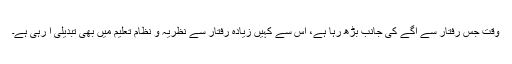
وقت جس رفتار سے آگے کی جانب بڑھ رہا ہے، اس سے کہیں زیادہ رفتار سے نظریہ و نظام تعلیم میں بھی تبدیلی آ رہی ہے۔